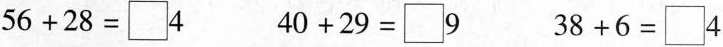
$$5 6 + 2 8 = \Box 4$$ $$4 0 + 2 9 =\Box 9$$ $$3 8 + 6 = \Box 4$$